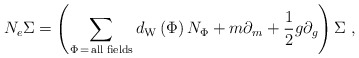
\begin{align*}N_e\Sigma =\left( \sum\limits_{\Phi \,=\,{\rm all\;fields}}d_{{\rm W}}\left(\Phi \right) N_\Phi +m\partial _m+\frac 12g\partial _g\right) \Sigma \,\,,\end{align*}